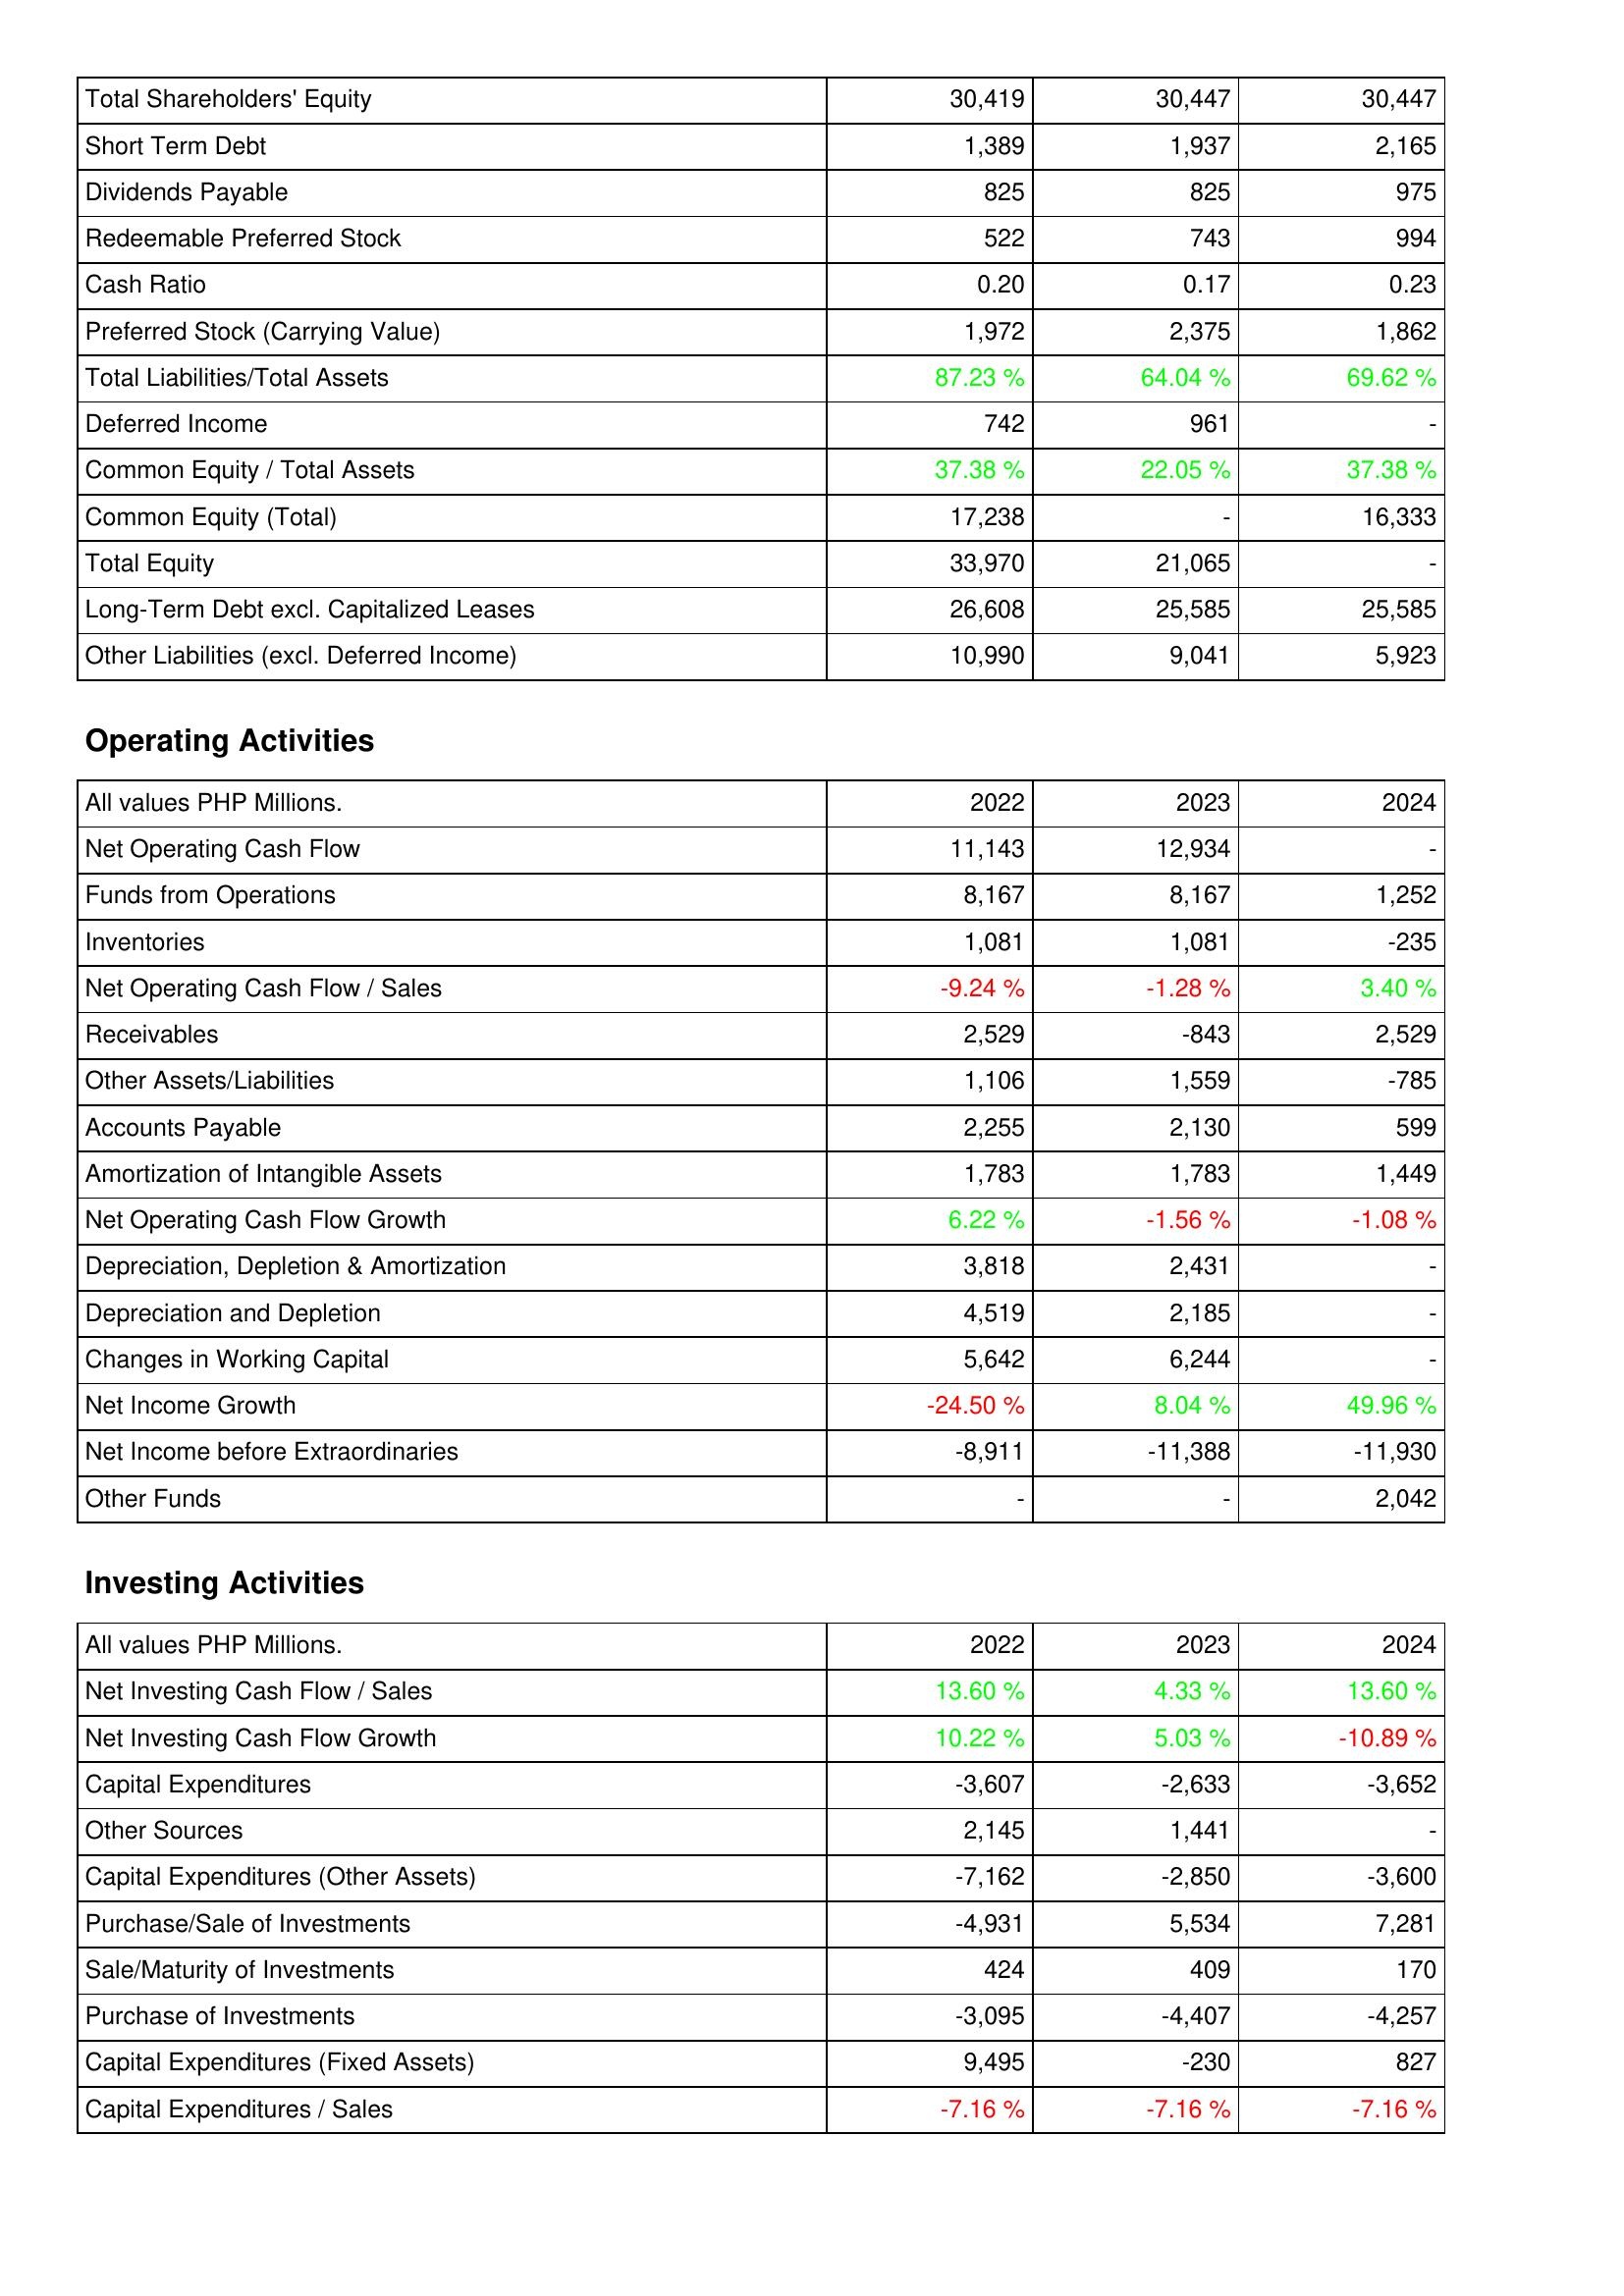
2022: Liabilities & Shareholders' Equity: Total Shareholders' Equity: 30,419
Short Term Debt: 1,389
Dividends Payable: 825
Redeemable Preferred Stock: 522
Cash Ratio: 0.20
Preferred Stock (Carrying Value): 1,972
Total Liabilities/Total Assets: 87.23 %
Deferred Income: 742
Common Equity / Total Assets: 37.38 %
Common Equity (Total): 17,238
Total Equity: 33,970
Long-Term Debt excl. Capitalized Leases: 26,608
Other Liabilities (excl. Deferred Income): 10,990
Operating Activities: Net Operating Cash Flow: 11,143
Funds from Operations: 8,167
Inventories: 1,081
Net Operating Cash Flow / Sales: -9.24 %
Receivables: 2,529
Other Assets/Liabilities: 1,106
Accounts Payable: 2,255
Amortization of Intangible Assets: 1,783
Net Operating Cash Flow Growth: 6.22 %
Depreciation, Depletion & Amortization: 3,818
Depreciation and Depletion: 4,519
Changes in Working Capital: 5,642
Net Income Growth: -24.50 %
Net Income before Extraordinaries: -8,911
Other Funds: -
Investing Activities: Net Investing Cash Flow / Sales: 13.60 %
Net Investing Cash Flow Growth: 10.22 %
Capital Expenditures: -3,607
Other Sources: 2,145
Capital Expenditures (Other Assets): -7,162
Purchase/Sale of Investments: -4,931
Sale/Maturity of Investments: 424
Purchase of Investments: -3,095
Capital Expenditures (Fixed Assets): 9,495
Capital Expenditures / Sales: -7.16 %
2023: Liabilities & Shareholders' Equity: Total Shareholders' Equity: 30,447
Short Term Debt: 1,937
Dividends Payable: 825
Redeemable Preferred Stock: 743
Cash Ratio: 0.17
Preferred Stock (Carrying Value): 2,375
Total Liabilities/Total Assets: 64.04 %
Deferred Income: 961
Common Equity / Total Assets: 22.05 %
Common Equity (Total): -
Total Equity: 21,065
Long-Term Debt excl. Capitalized Leases: 25,585
Other Liabilities (excl. Deferred Income): 9,041
Operating Activities: Net Operating Cash Flow: 12,934
Funds from Operations: 8,167
Inventories: 1,081
Net Operating Cash Flow / Sales: -1.28 %
Receivables: -843
Other Assets/Liabilities: 1,559
Accounts Payable: 2,130
Amortization of Intangible Assets: 1,783
Net Operating Cash Flow Growth: -1.56 %
Depreciation, Depletion & Amortization: 2,431
Depreciation and Depletion: 2,185
Changes in Working Capital: 6,244
Net Income Growth: 8.04 %
Net Income before Extraordinaries: -11,388
Other Funds: -
Investing Activities: Net Investing Cash Flow / Sales: 4.33 %
Net Investing Cash Flow Growth: 5.03 %
Capital Expenditures: -2,633
Other Sources: 1,441
Capital Expenditures (Other Assets): -2,850
Purchase/Sale of Investments: 5,534
Sale/Maturity of Investments: 409
Purchase of Investments: -4,407
Capital Expenditures (Fixed Assets): -230
Capital Expenditures / Sales: -7.16 %
2024: Liabilities & Shareholders' Equity: Total Shareholders' Equity: 30,447
Short Term Debt: 2,165
Dividends Payable: 975
Redeemable Preferred Stock: 994
Cash Ratio: 0.23
Preferred Stock (Carrying Value): 1,862
Total Liabilities/Total Assets: 69.62 %
Deferred Income: -
Common Equity / Total Assets: 37.38 %
Common Equity (Total): 16,333
Total Equity: -
Long-Term Debt excl. Capitalized Leases: 25,585
Other Liabilities (excl. Deferred Income): 5,923
Operating Activities: Net Operating Cash Flow: -
Funds from Operations: 1,252
Inventories: -235
Net Operating Cash Flow / Sales: 3.40 %
Receivables: 2,529
Other Assets/Liabilities: -785
Accounts Payable: 599
Amortization of Intangible Assets: 1,449
Net Operating Cash Flow Growth: -1.08 %
Depreciation, Depletion & Amortization: -
Depreciation and Depletion: -
Changes in Working Capital: -
Net Income Growth: 49.96 %
Net Income before Extraordinaries: -11,930
Other Funds: 2,042
Investing Activities: Net Investing Cash Flow / Sales: 13.60 %
Net Investing Cash Flow Growth: -10.89 %
Capital Expenditures: -3,652
Other Sources: -
Capital Expenditures (Other Assets): -3,600
Purchase/Sale of Investments: 7,281
Sale/Maturity of Investments: 170
Purchase of Investments: -4,257
Capital Expenditures (Fixed Assets): 827
Capital Expenditures / Sales: -7.16 %